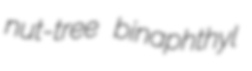
nut-tree binaphthyl